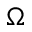
\Omega